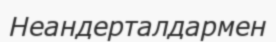
Неандерталдармен